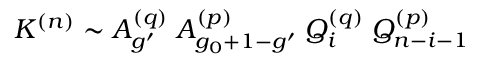
K ^ { ( n ) } \sim A _ { g ^ { \prime } } ^ { ( q ) } \; A _ { g _ { 0 } + 1 - g ^ { \prime } } ^ { ( p ) } \; Q _ { i } ^ { ( q ) } \; Q _ { n - i - 1 } ^ { ( p ) }